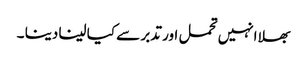
بھلا انہیں تحمل اور تدبر سے کیا لینا دینا ۔